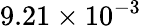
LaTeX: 9.21\times 10^{-3}